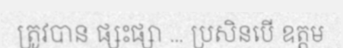
ត្រូវបាន ផ្សះផ្សា ... ប្រសិនបើ ឧត្តម